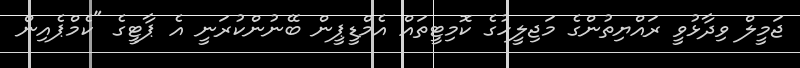
ޖަމީލް ވިދާޅުވީ ރައްޔިތުންގެ މަޖިލީހުގެ ކޮމިޓީތައް އެމްޑީޕީން ބޭނުންކުރަނީ އެ ޕާޓީގެ "ކެމްޕެއިން